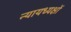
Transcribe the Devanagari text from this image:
न्यायध्यक्षों